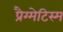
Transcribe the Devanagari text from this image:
प्रैग्मेटिस्म